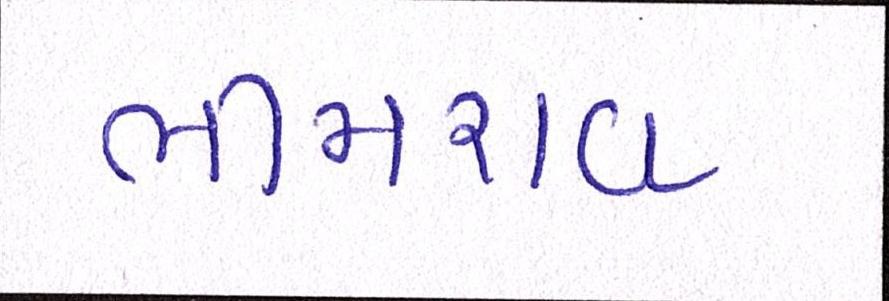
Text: ભીમરાવ